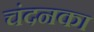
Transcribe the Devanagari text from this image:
चंदनका